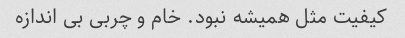
کیفیت مثل همیشه نبود. خام و چربی بی اندازه